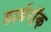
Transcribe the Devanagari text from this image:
हार्डरॉक